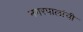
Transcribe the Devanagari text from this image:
नगरपालांची